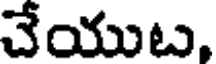
చేయుట,